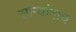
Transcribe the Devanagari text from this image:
सार्‍यांनाच